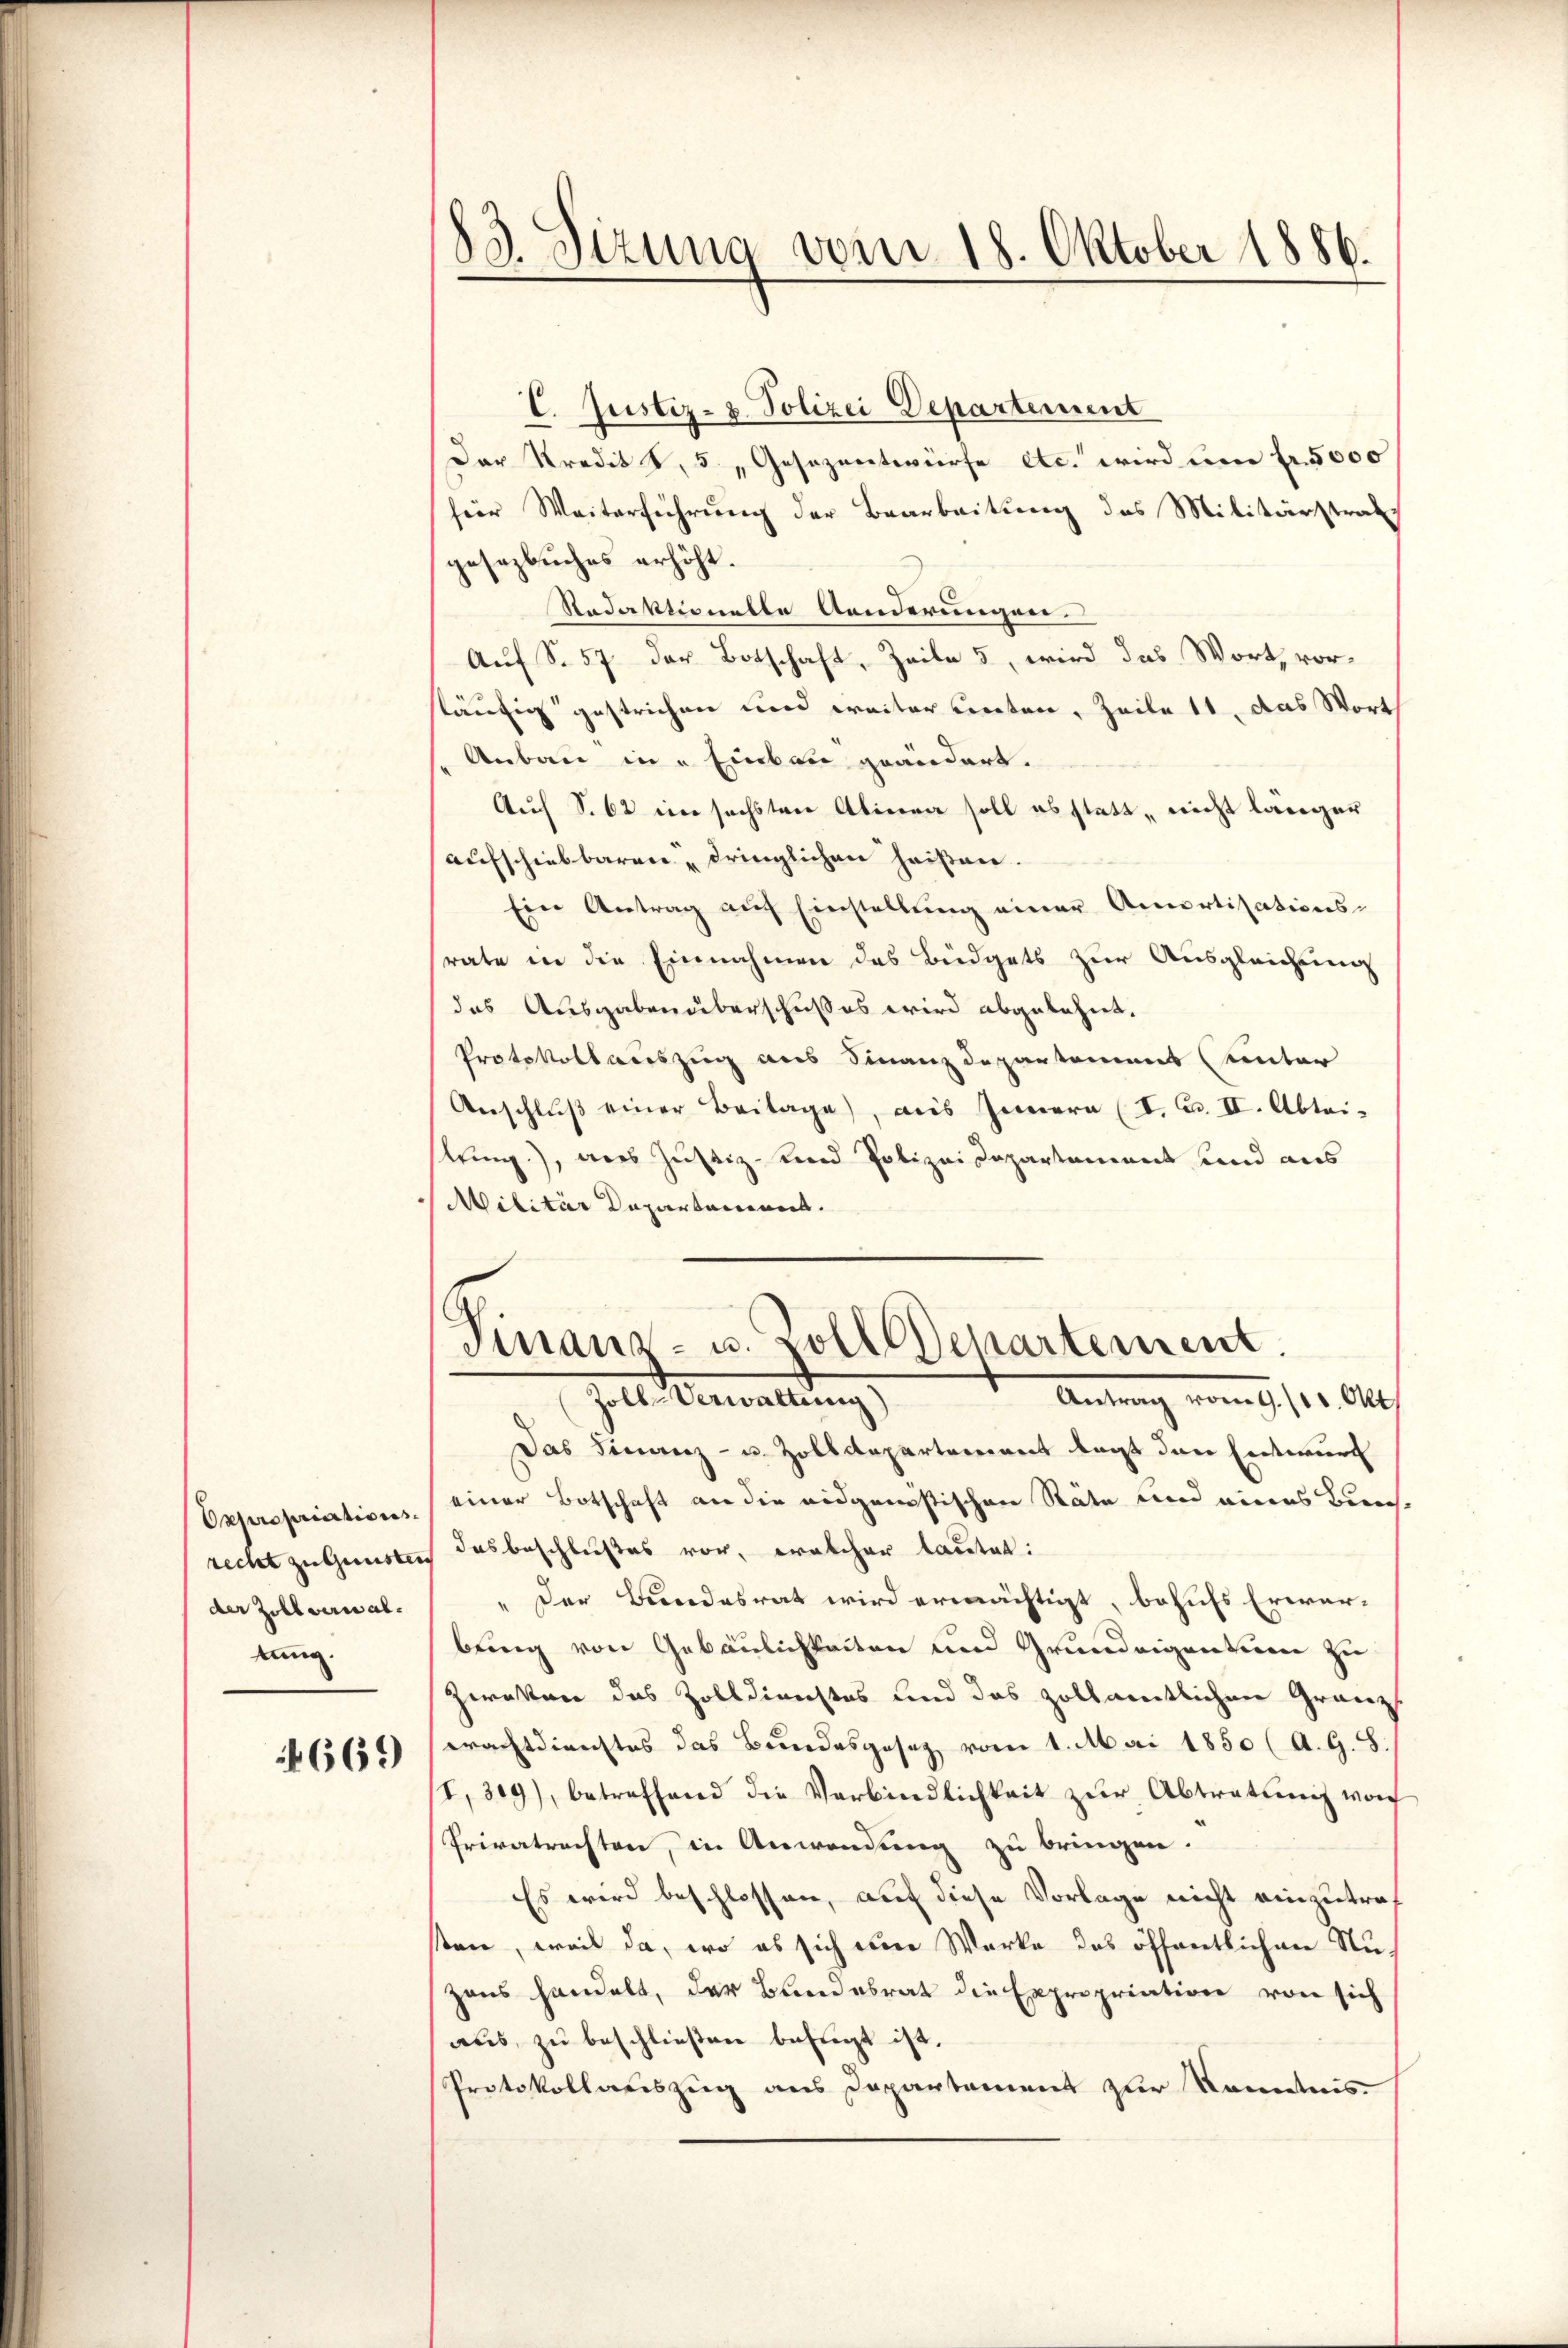
Oxpropriations-
recht zu Gunsten
der Zollverwaltung

4669

83. Sizung vom 18. Oktober 1886.

E. Justiz- & Polizei Departement
Der Kredit 8, 5. „Gesezentwürfe etc. wird um fr. 5000
hier Weiterführung der Bearbeitung des Militärstrat
gesezbuches erhöht.
Redaktionelle Aenderungen.
Auf S. 57 der Botschaft, Zeile 5, wird das Wort, vorläufig gestrichen und weiter treten, Zeile 11, das Wort
Anbau in Einbau geändert.
Auch S. 62 ein sechsten Alinea soll es statt, nicht länger
aufschiebbaren u dringlichen heißen.
Ein Antrag auf Einstellung einer Amortisations-
rate in die Einnahmen des Büdgets zur Ausgleichung
das Ausgaben überschußes wird abgelehnt.
Protokollauszug aus Finanzdepartement (unter
Anschlŭβ einer Beitage), aus Innern (I. u. II. Abtei-
ltung), aus Justiz- und Polizei Departement und aus
Militär Departement.
Finanz- u. Zolldepartement.
Zoll-Verwaltung)
 vom 9. 15. Alt
Das Finanz- u. Zolldepartement legt den Entwurf
einer Botschaft an die eidgenößischen Räte und eines Zürichdas beschlußes vor, welcher lautet:
Der Bundesrat wird ermächtigt, behufs Erwarbung von Gebäulichkeiten und Grundeigenteien zu
Zweken das Zolldienstes und das zollamtlichen Granz
wachtdienstes das Bundesgesetz vom 1. Mai 1850 (A. G. S.
I. 319), betreffend die Verbindlichkeit zŭr Abtratung von
Privatrechten, in Anwendung zu bringen.
Es wird beschlossen, auf diese Vorlage nicht einzutraf
ten, weil da, wo es sich eine Werke des öffentlichen Nuzens handelt, der Bundesrat die Expropriation von sich
aus, zu beschließen befugt ist.
Protokollauszug aus Departement zur Kenntnis